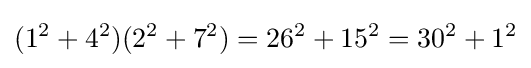
(1^{2}+4^{2})(2^{2}+7^{2})=26^{2}+15^{2}=30^{2}+1^{2}